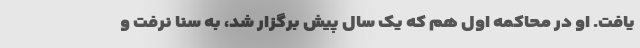
یافت. او در محاکمه اول هم که یک سال پیش برگزار شد، به سنا نرفت و